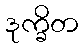
ဒုက္ခိတ